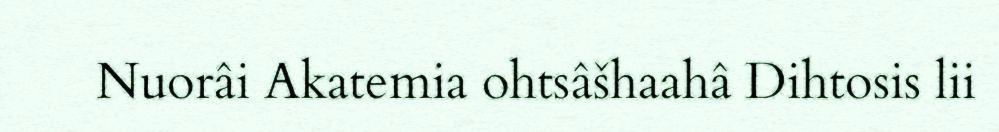
Nuorâi Akatemia ohtsâšhaahâ Dihtosis lii